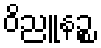
ဝိညူနဉ္စ